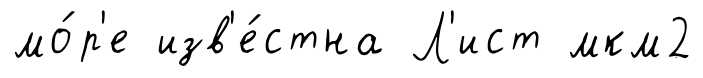
мо́р'е изв'е́стна Л'ист мкм2